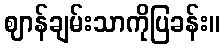
ဈာန်ချမ်းသာကိုပြခန်း။